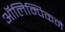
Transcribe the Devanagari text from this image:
ऑलिम्पिकने